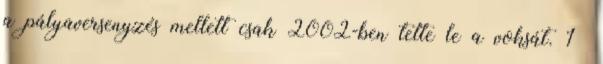
a pályaversenyzés mellett csak 2002-ben tette le a voksát. 1